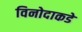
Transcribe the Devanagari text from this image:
विनोदाकडे